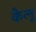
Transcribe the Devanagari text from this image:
कैलू